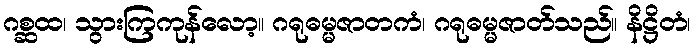
ဂစ္ဆထ၊ သွားကြကုန်လော့။ ဂရုဓမ္မဇာတကံ၊ ဂရုဓမ္မဇာတ်သည်။ နိဋ္ဌိတံ၊